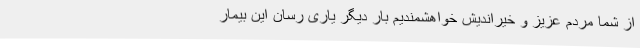
از شما مردم عزیز و خیراندیش خواهشمندیم بار دیگر یاری رسان این بیمار